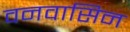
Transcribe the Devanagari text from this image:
वनवासिन